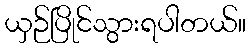
ယှဉ်ပြိုင်သွားရပါတယ်။